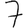
Digit: 7